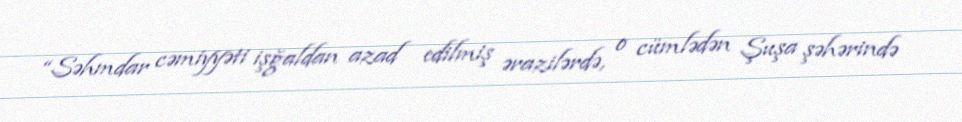
“Səhmdar cəmiyyəti işğaldan azad edilmiş ərazilərdə, o cümlədən Şuşa şəhərində